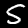
Digit: 5